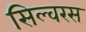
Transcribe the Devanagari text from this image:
सिल्वरस